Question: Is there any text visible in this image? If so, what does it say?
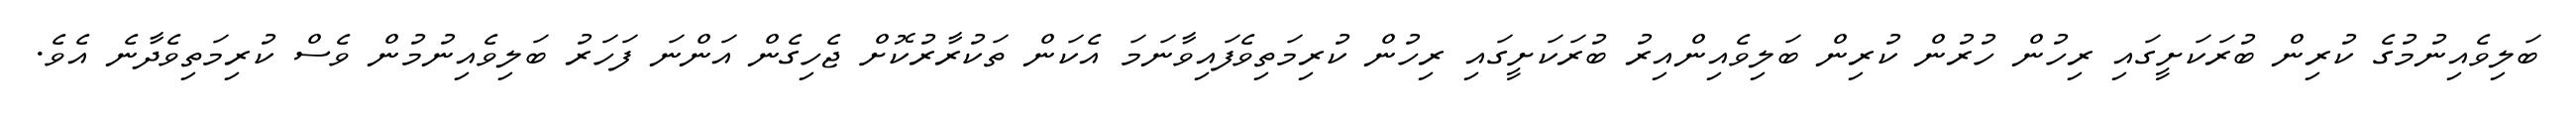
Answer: ބަލިވެއިނުމުގެ ކުރިން ބުރަކަށީގައި ރިހުން ހުރުން ކުރިން ބަލިވެއިންއިރު ބުރަކަށީގައި ރިހުން ކުރިމަތިވެފައިވާނަމަ އެކަން ތަކުރާރުކޮށް ޖެހިގެން އަންނަ ފަހަރު ބަލިވެއިނުމުން ވެސް ކުރިމަތިވެދާނެ އެވެ.